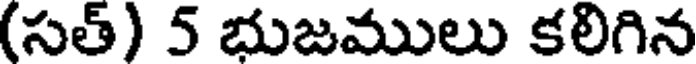
(సత్) 5 భుజములు కలిగిన